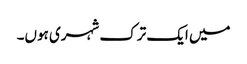
میں ایک ترک شہری ہوں۔